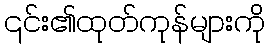
၎င်း၏ထုတ်ကုန်များကို